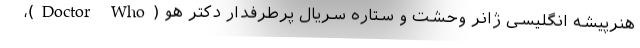
هنرپیشه انگلیسی ژانر وحشت و ستاره سریال پرطرفدار دکتر هو (Doctor Who)،